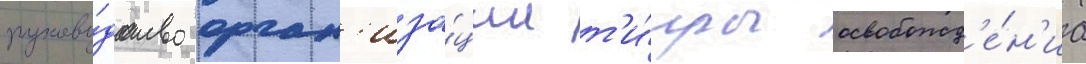
руково́дство орган'иза́ции т'и́гры освобожд'е́н'иа